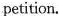
petition.